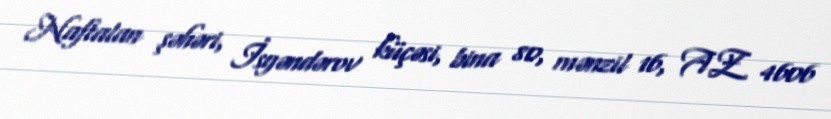
Naftalan şəhəri, İsgəndərov küçəsi, bina 80, mənzil 16, AZ 4606